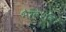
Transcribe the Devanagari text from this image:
भैरवेश्वर